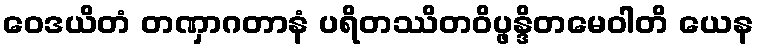
ဝေဒယိတံ တဏှာဂတာနံ ပရိတဿိတဝိပ္ဖန္ဒိတမေဝါတိ ယေန